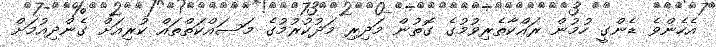
އެހެންވެ ޑެންގީ ހުމުން ރައްކާތެރިވުމުގެ ގޮތުން މަދިރި މަދުކުރުމުގެ މަސައްކަތްތައް ކުރިއަށް ގެންދިއުމަށް